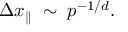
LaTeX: \Delta x _ { \parallel } \; \sim \; p ^ { - 1 / d } .